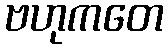
ဗဟုကတေ